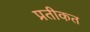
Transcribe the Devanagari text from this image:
प्रतीकत